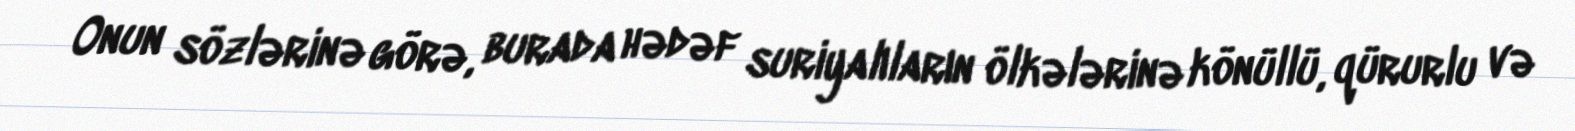
Onun sözlərinə görə, burada hədəf suriyalıların ölkələrinə könüllü, qürurlu və